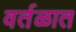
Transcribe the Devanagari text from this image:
वर्तळात